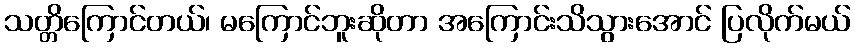
သတ္တိကြောင်တယ်၊ မကြောင်ဘူးဆိုတာ အကြောင်းသိသွားအောင် ပြလိုက်မယ်